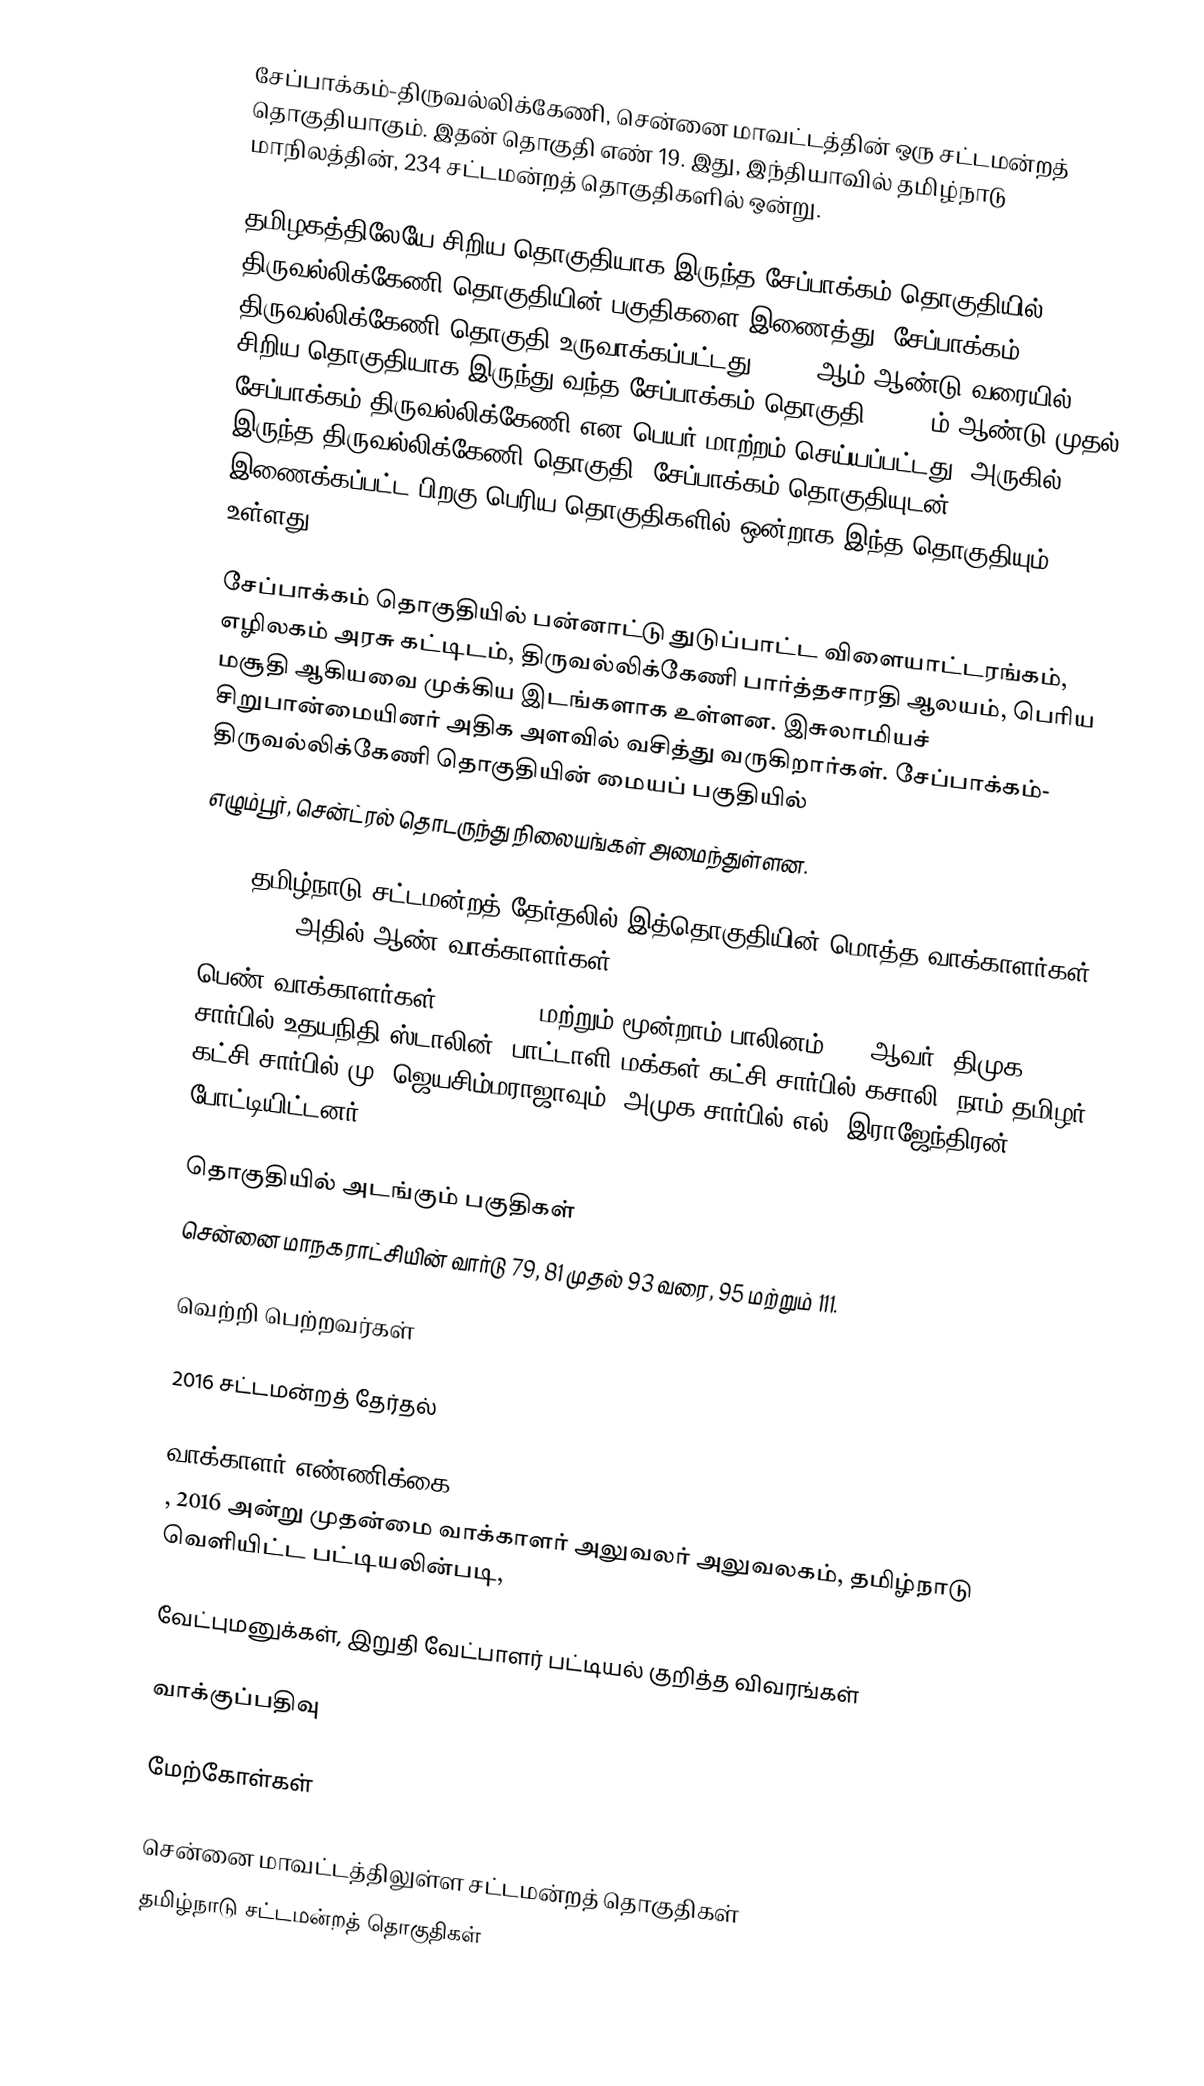
சேப்பாக்கம்-திருவல்லிக்கேணி, சென்னை மாவட்டத்தின் ஒரு சட்டமன்றத் தொகுதியாகும். இதன் தொகுதி எண் 19. இது, இந்தியாவில் தமிழ்நாடு மாநிலத்தின், 234 சட்டமன்றத் தொகுதிகளில் ஒன்று.

தமிழகத்திலேயே சிறிய தொகுதியாக இருந்த சேப்பாக்கம் தொகுதியில் திருவல்லிக்கேணி தொகுதியின் பகுதிகளை இணைத்து, சேப்பாக்கம் - திருவல்லிக்கேணி தொகுதி உருவாக்கப்பட்டது. 2006 ஆம் ஆண்டு வரையில் சிறிய தொகுதியாக இருந்து வந்த சேப்பாக்கம் தொகுதி, 2011-ம் ஆண்டு முதல் சேப்பாக்கம்-திருவல்லிக்கேணி என பெயர் மாற்றம் செய்யப்பட்டது. அருகில் இருந்த திருவல்லிக்கேணி தொகுதி, சேப்பாக்கம் தொகுதியுடன் இணைக்கப்பட்ட பிறகு பெரிய தொகுதிகளில் ஒன்றாக இந்த தொகுதியும் உள்ளது.

சேப்பாக்கம் தொகுதியில் பன்னாட்டு துடுப்பாட்ட விளையாட்டரங்கம், எழிலகம் அரசு கட்டிடம், திருவல்லிக்கேணி பார்த்தசாரதி ஆலயம், பெரிய மசூதி ஆகியவை முக்கிய இடங்களாக உள்ளன. இசுலாமியச் சிறுபான்மையினர் அதிக அளவில் வசித்து வருகிறார்கள். சேப்பாக்கம்- திருவல்லிக்கேணி தொகுதியின் மையப் பகுதியில்
எழும்பூர், சென்ட்ரல் தொடருந்து நிலையங்கள் அமைந்துள்ளன.

2021 தமிழ்நாடு சட்டமன்றத் தேர்தலில் இத்தொகுதியின் மொத்த வாக்காளர்கள்: 2,34,319. அதில் ஆண் வாக்காளர்கள்: 1,15,080
பெண் வாக்காளர்கள்: 1,19,204 மற்றும் மூன்றாம் பாலினம்: 35 ஆவர். திமுக சார்பில் உதயநிதி ஸ்டாலின், பாட்டாளி மக்கள் கட்சி சார்பில் கசாலி, நாம் தமிழர் கட்சி சார்பில் மு. ஜெயசிம்மராஜாவும், அமுக சார்பில் எல். இராஜேந்திரன் போட்டியிட்டனர்.

தொகுதியில் அடங்கும் பகுதிகள்
சென்னை மாநகராட்சியின் வார்டு 79, 81 முதல் 93 வரை, 95 மற்றும் 111.

வெற்றி பெற்றவர்கள்

2016 சட்டமன்றத் தேர்தல்

வாக்காளர் எண்ணிக்கை
, 2016 அன்று முதன்மை வாக்காளர் அலுவலர் அலுவலகம், தமிழ்நாடு வெளியிட்ட பட்டியலின்படி,

வேட்புமனுக்கள், இறுதி வேட்பாளர் பட்டியல் குறித்த விவரங்கள்

வாக்குப்பதிவு

மேற்கோள்கள்

சென்னை மாவட்டத்திலுள்ள சட்டமன்றத் தொகுதிகள்
தமிழ்நாடு சட்டமன்றத் தொகுதிகள்